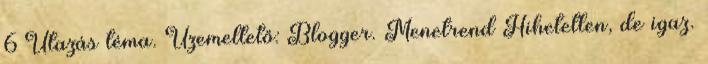
6 Utazás téma. Üzemeltető: Blogger. Menetrend Hihetetlen, de igaz.